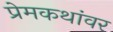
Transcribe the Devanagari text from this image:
प्रेमकथांवर